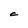
Character: C